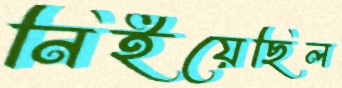
নিইয়েছিল